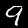
Digit: 9